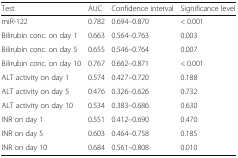
| Test | AUC | Confidence interval | Significance level |
 | --- | --- | --- | --- |
 | miR-122 | 0.782 | 0.694–0.870 | < 0.001 |
 | Bilirubin conc. on day 1 | 0.663 | 0.564–0.763 | 0.003 |
 | Bilirubin conc. on day 5 | 0.655 | 0.546–0.764 | 0.007 |
 | Bilirubin conc. on day 10 | 0.767 | 0.662–0.871 | < 0.001 |
 | ALT activity on day 1 | 0.574 | 0.427–0.720 | 0.188 |
 | ALT activity on day 5 | 0.476 | 0.326–0.626 | 0.732 |
 | ALT activity on day 10 | 0.534 | 0.383–0.686 | 0.630 |
 | INR on day 1 | 0.551 | 0.412–0.690 | 0.470 |
 | INR on day 5 | 0.603 | 0.464–0.758 | 0.185 |
 | INR on day 10 | 0.684 | 0.561–0.808 | 0.010 |